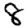
Digit: 8